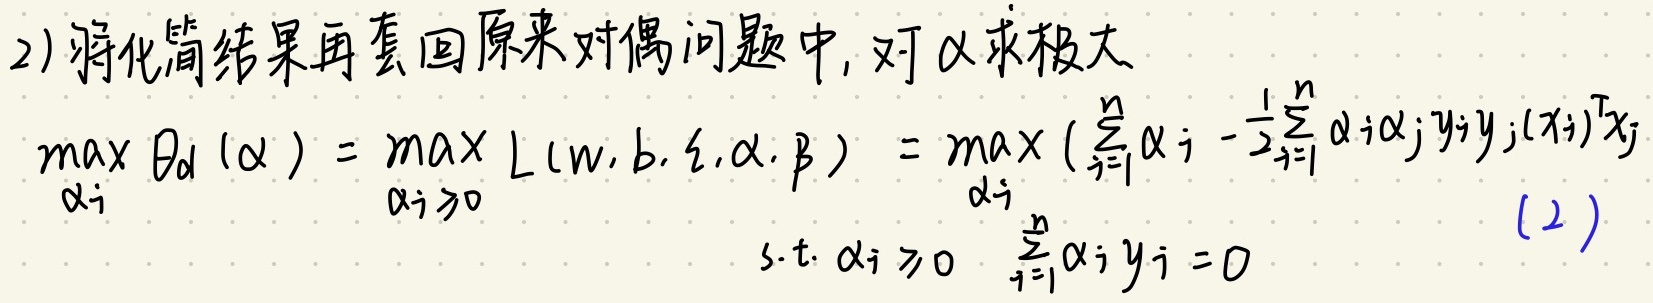
2) 将化简结果再套回原来对偶问题中, 对 $\alpha$ 求极大
\[
\begin{align*}
\max_{\alpha_i} \theta_d(\alpha) &= \max_{\alpha_i \geq 0} L(w, b, \xi, \alpha, \beta) = \max_{\alpha_i} \left(\sum_{i = 1}^{n} \alpha_i - \frac{1}{2} \sum_{i = 1}^{n} \alpha_i \alpha_j y_i y_j (x_i)^T x_j\right)\\
&\text{s.t. } \alpha_i \geq 0 \quad \sum_{i = 1}^{n} \alpha_i y_i = 0
\end{align*}
\]